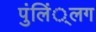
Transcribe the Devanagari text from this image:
पुंलिं्लग